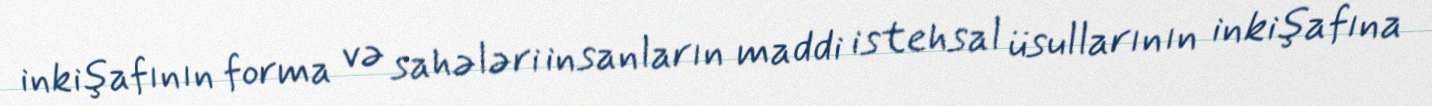
inkişafının forma və sahələri insanların maddi istehsal üsullarının inkişafına